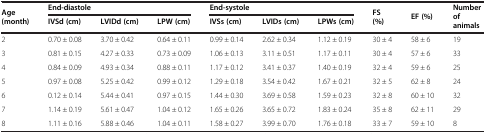
| <ROWSPAN=2> Age (month) | <COLSPAN=3> End-diastole | <COLSPAN=3> End-systole | <ROWSPAN=2> FS (%) | <ROWSPAN=2> EF (%) | <ROWSPAN=2> Number of animals |
 | IVSd (cm) | LVIDd (cm) | LPW (cm) | IVSs (cm) | LVIDs (cm) | LPWs (cm) |
 | --- | --- | --- | --- | --- | --- | --- | --- | --- | --- |
 | 2 | 0.70 ± 0.08 | 3.70 ± 0.42 | 0.64 ± 0.11 | 0.99 ± 0.14 | 2.62 ± 0.34 | 1.12 ± 0.19 | 30 ± 4 | 58 ± 6 | 19 |
 | 3 | 0.81 ± 0.15 | 4.27 ± 0.33 | 0.73 ± 0.09 | 1.06 ± 0.13 | 3.11 ± 0.51 | 1.17 ± 0.11 | 30 ± 4 | 57 ± 6 | 33 |
 | 4 | 0.84 ± 0.09 | 4.93 ± 0.34 | 0.88 ± 0.11 | 1.17 ± 0.12 | 3.41 ± 0.37 | 1.40 ± 0.19 | 32 ± 4 | 59 ± 6 | 25 |
 | 5 | 0.97 ± 0.08 | 5.25 ± 0.42 | 0.99 ± 0.12 | 1.29 ± 0.18 | 3.54 ± 0.42 | 1.67 ± 0.21 | 32 ± 5 | 62 ± 8 | 24 |
 | 6 | 0.12 ± 0.14 | 5.44 ± 0.41 | 0.97 ± 0.15 | 1.44 ± 0.30 | 3.69 ± 0.58 | 1.59 ± 0.23 | 32 ± 8 | 60 ± 10 | 32 |
 | 7 | 1.14 ± 0.19 | 5.61 ± 0.47 | 1.04 ± 0.12 | 1.65 ± 0.26 | 3.65 ± 0.72 | 1.83 ± 0.24 | 35 ± 8 | 62 ± 11 | 29 |
 | 8 | 1.11 ± 0.16 | 5.88 ± 0.46 | 1.04 ± 0.11 | 1.58 ± 0.27 | 3.99 ± 0.70 | 1.76 ± 0.18 | 33 ± 7 | 59 ± 10 | 8 |